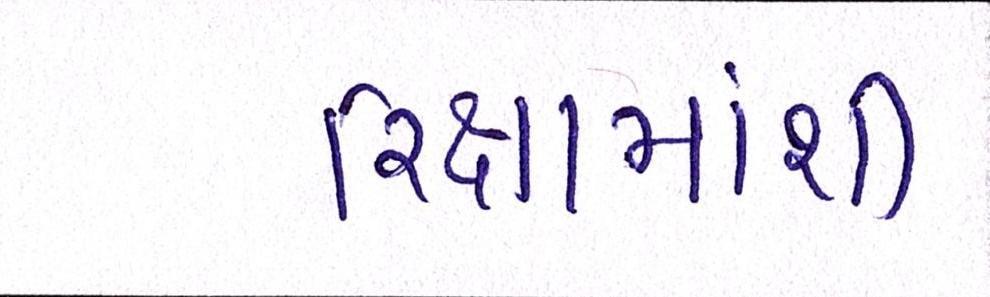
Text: રિક્ષામાંથી